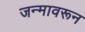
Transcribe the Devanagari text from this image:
जन्मावरून